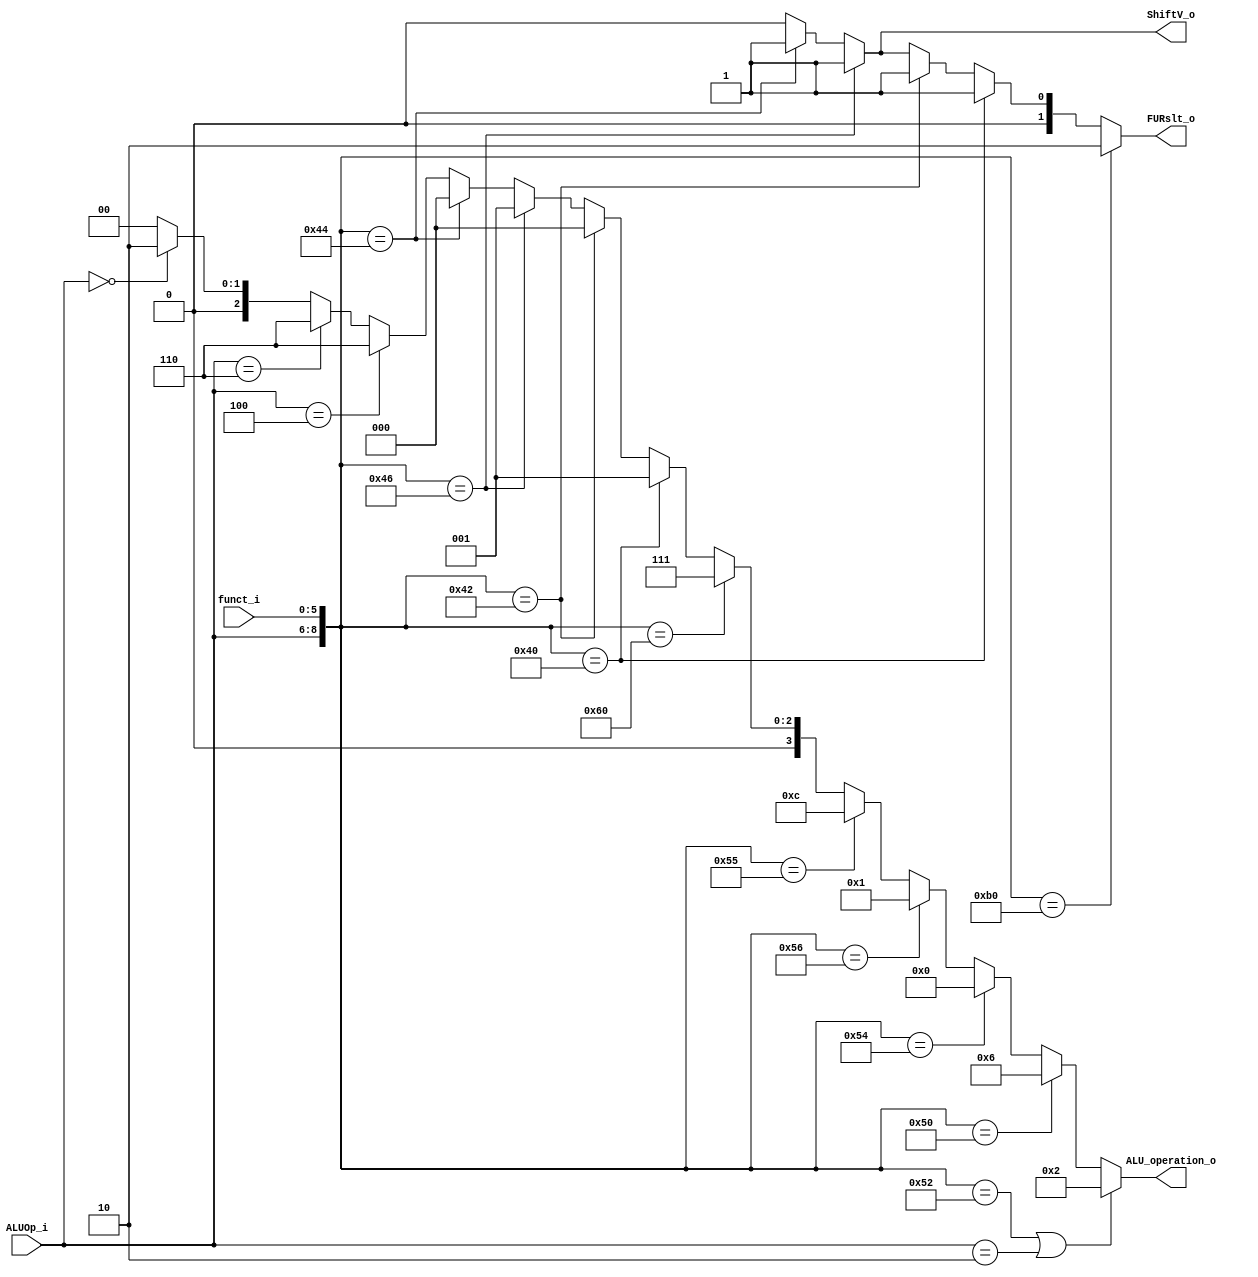
module ALU_Ctrl( funct_i, ALUOp_i, ALU_operation_o, FURslt_o, ShiftV_o);

//I/O ports 
input      [6-1:0] funct_i;
input      [3-1:0] ALUOp_i;

output     [4-1:0] ALU_operation_o;  
output     [2-1:0] FURslt_o;
output		   ShiftV_o;
     
//Internal Signals
wire		[4-1:0] ALU_operation_o;
wire		[2-1:0] FURslt_o;
wire			ShiftV_o;	

//Main function
/*your code here*/
assign ALU_operation_o = ({ALUOp_i,funct_i} == 9'b001_010010 || ALUOp_i == 3'b010) ? 2 : 	//add addi
				({ALUOp_i,funct_i} == 9'b001_010000) ? 6 : 		//sub
				({ALUOp_i,funct_i} == 9'b001_010100) ? 0 : 		//and
				({ALUOp_i,funct_i} == 9'b001_010110) ? 1 : 		//or
				({ALUOp_i,funct_i} == 9'b001_010101) ? 12 : 		//nor
				({ALUOp_i,funct_i} == 9'b001_100000) ? 7 : 		//slt
				({ALUOp_i,funct_i} == 9'b001_000000) ? 1 : 		//sll
				({ALUOp_i,funct_i} == 9'b001_000010) ? 0 :		//srl		
				({ALUOp_i,funct_i} == 9'b001_000110) ? 1 : 		//sllv
				({ALUOp_i,funct_i} == 9'b001_000100) ? 0 :		//srlv
				(ALUOp_i == 3'b100) ? 6 :						//beq
				(ALUOp_i == 3'b110) ? 6 :						//bne
				(ALUOp_i == 3'b000) ? 2 : 0;					//lw sw 

assign FURslt_o = ({ALUOp_i,funct_i} == 9'b010_110000) ? 2 : 		//lui
			({ALUOp_i,funct_i} == 9'b001_000000) ? 1 : 	//sll
			({ALUOp_i,funct_i} == 9'b001_000010) ? 1 :	//srl 
			({ALUOp_i,funct_i} == 9'b001_000110) ? 1 :  //sllv
			({ALUOp_i,funct_i} == 9'b001_000100) ? 1 : 0;	//srlv //else(lwsw)

assign ShiftV_o = ({ALUOp_i,funct_i} == 9'b001_000110) ? 1 : 		//SLLV
			({ALUOp_i,funct_i} == 9'b001_000100) ? 1 : 0; 	//SRLV	

endmodule